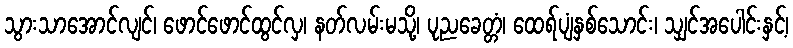
သွားသာအောင်လျင်၊ ဖောင်ဖောင်ထွင်လှ၊ နတ်လမ်းမသို့၊ ပုညခေတ္တံ၊ ထေရ်ပျံနှစ်သောင်း၊ သျှင်အပေါင်းနှင့်၊